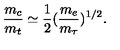
\frac { m _ { c } } { m _ { t } } \simeq \frac { 1 } { 2 } ( \frac { m _ { e } } { m _ { \tau } } ) ^ { 1 / 2 } .